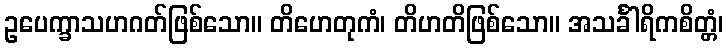
ဥပေက္ခာသဟဂတ်ဖြစ်သော။ တိဟေတုကံ၊ တိဟတိဖြစ်သော။ အသင်္ခါရိကစိတ္တံ၊